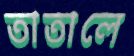
তাতালে